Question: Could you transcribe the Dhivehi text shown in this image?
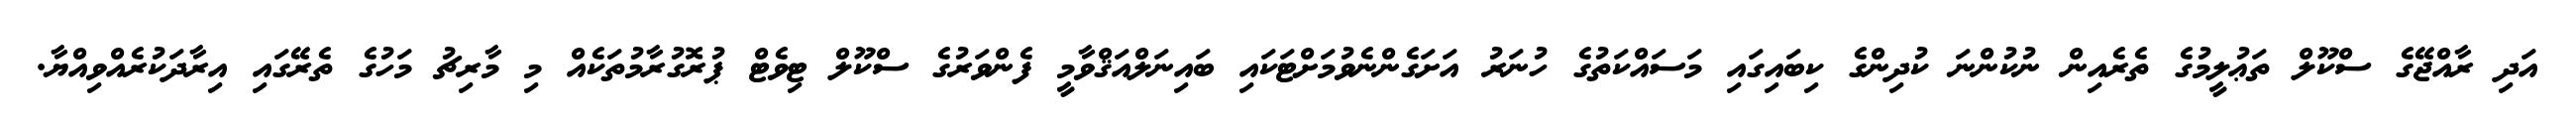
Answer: އަދި ރާއްޖޭގެ ސްކޫލް ތަޢުލީމުގެ ތެރެއިން ނުކުންނަ ކުދިންގެ ކިބައިގައި މަސައްކަތުގެ ހުނަރު އަށަގެންނެވުމަށްޓަކައި ބައިނަލްއަޤްވާމީ ފެންވަރުގެ ސްކޫލް ޓިވެޓް ޕުރޮގުރާމުތަކެއް މި މާރިޗު މަހުގެ ތެރޭގައި އިރާދަކުރެއްވިއްޔާ.